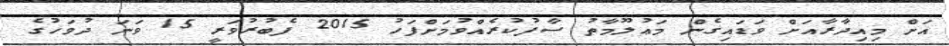
އަށް މިއިދާރާއަށް ވަޑައިގެން މަޢުލޫމާތު ސާފުކުރެއްވުމަށްފަހު 2015 ފެބުރުވަރީ 15 ވަނަ ދުވަހުގެ